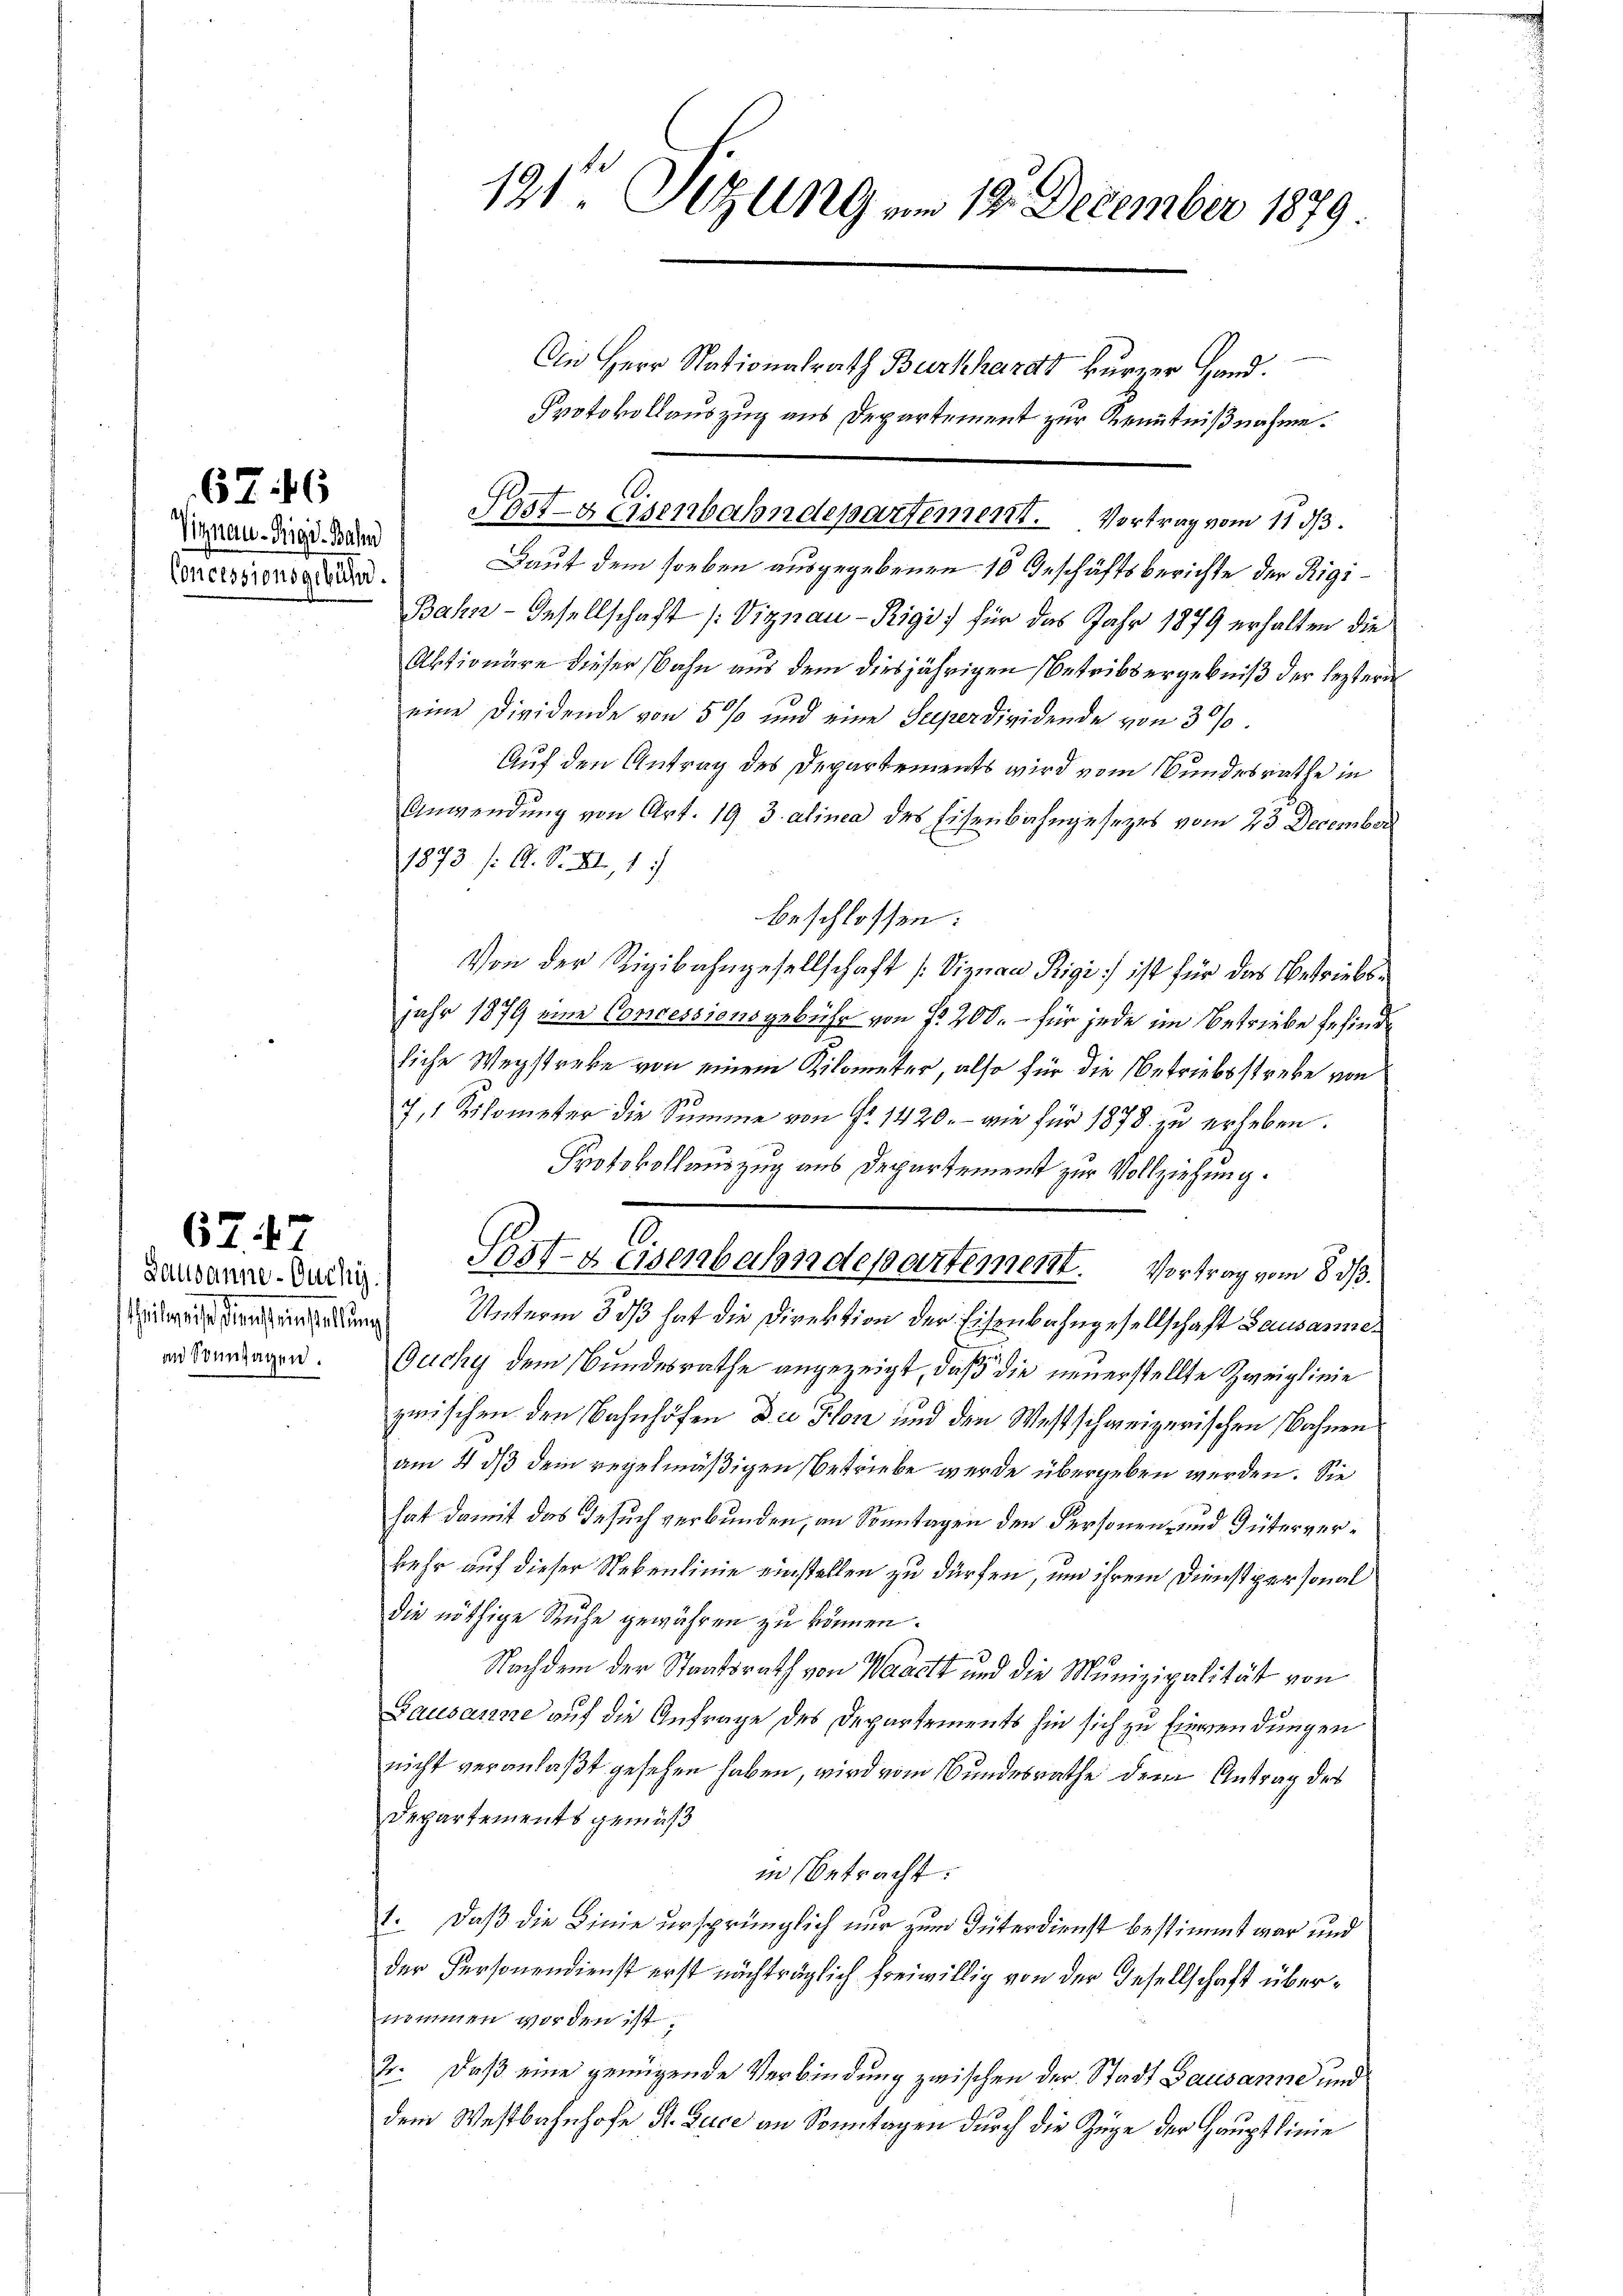
676

Signau-Rigi-Bahn
Concessionsgebühr.

Lausanne-Ouchy
an Sonntagen.

67. 47

191te Sitzung am 12. December 1879.

An Herr Nationalrath Burkhardt kurzer Hand.
Protokollauszug aus Departement zur Kenntnißnahme.
Post-geisenbahndepartement. Vortrag vom 11 d.
Laut dem soeben ausgegebenen 10 Geschäftsberichte der Rigi¬
Bahn-Gesellschaft (Viznau-Rigi) für das Jahr 1879 erhalten die
Aktionäre dieser Bahn aus dem diesjährigen Betribergebniß der leztern
eine Dividende von 5 % und eine Superdividende von 30.
Auf den Antrag des Departements wird vom Bundesrathe in
Anwendung von Art. 19 3 alinea des Eisenbahngesezes vom 23. December
1873 /: A. S. II, 1
beschlossen:
Von der Rigibahngesellschaft (Viznau Rigi ist für das Betriebsjahr 1879 eine Concessionsgebühr von fr 200. – für jede im Betriebe befinde
liche Wegstreke von einem Kilometer, also für die Betriebsstrebe von
7,1 Kilometer die Summe von Fr. 1420.- wie für 1878. zŭ erheben.
Protokollauszug aus Departement zur Vollziehung.
1
Sost-Keisenbahndepartement. Vortrag vom 8. d.
 eredung Unterm 303 hat die Direktion der Eisenbahngesellschaft Lausamme¬
Guchy dem Bundesrathe angezeigt, daß die neuerstellte Zweiglinie
zwischen den Bahnhöfen Die Flon und den Westschweizerischen Bahnen
am 4. ds dem regelmäßigen betriebe wurde übergeben werden. Sie
hat damit das Gesuch verbunden, an Sonntagen den Personen- und Güterverkehr auf dieser Nebenlinie einstellen zu dürfen, um ihrem Dienstpersonal
die nöthige Ruhe gewähren zu können.
Nachdem der Staatsrath von Waadt und die Munizipalität von
Gausanne auf die Anfrage des Departements hin sich zu Einwendungen
nicht veranlaßt gesehen haben, wird vom Bundesrathe dem Antrag des
Departements gemäß
in Betracht:
1. Daß die Linie ursprünglich nur zum Interdienst bestimmt war und
der Personendienst erst nachträglich freiwillig von der Gesellschaft übernommen worden ist,
2. Daß eine genügende Verbindung zwischen der Stadt Bausanne und
dem Westbahnhofe, St. Luce an Sonntagen durch die Züge der Hauptlinie

.